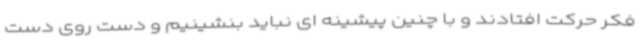
فکر حرکت افتادند و با چنین پیشینه ای نباید بنشینیم و دست روی دست